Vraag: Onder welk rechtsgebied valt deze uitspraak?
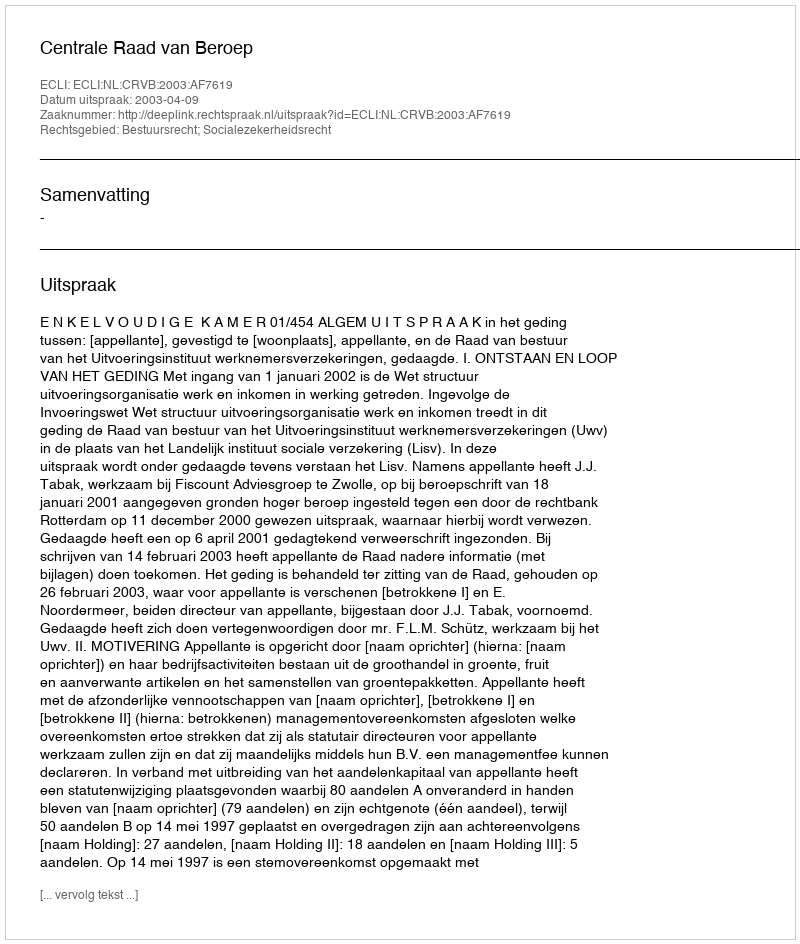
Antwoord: Bestuursrecht; Socialezekerheidsrecht